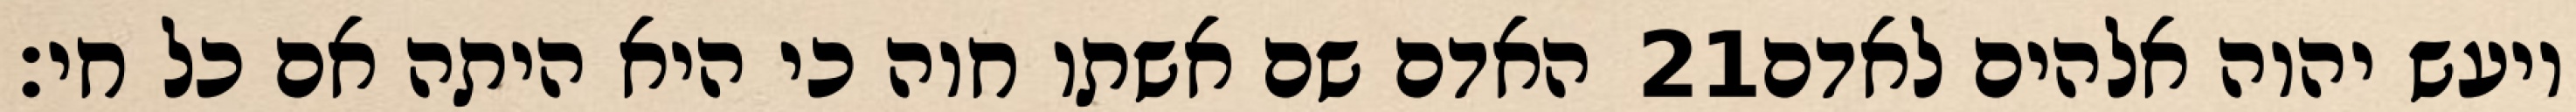
האדם שם אשתו חוה כי היא היתה אם כל חי׃ ‎21‏ ויעש יהוה אלהים לאדם